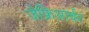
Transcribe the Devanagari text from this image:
जेफ्रिआर्चर